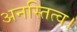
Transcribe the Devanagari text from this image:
अनस्तित्व।